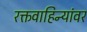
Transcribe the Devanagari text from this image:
रक्तवाहिन्यांवर